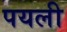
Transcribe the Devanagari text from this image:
पयली